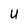
Character: U